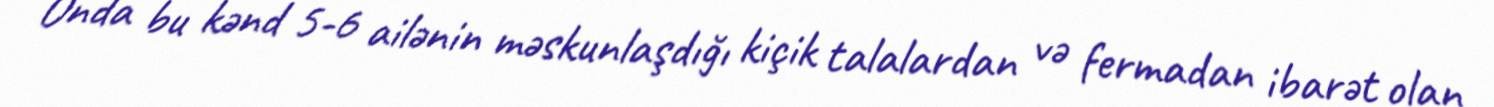
Onda bu kənd 5-6 ailənin məskunlaşdığı kiçik talalardan və fermadan ibarət olan